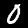
Digit: 0